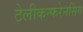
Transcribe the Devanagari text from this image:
टेलीकन्फरेनसिंग